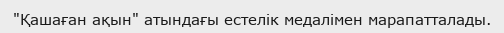
"Қашаған ақын" атындағы естелік медалімен марапатталады.